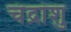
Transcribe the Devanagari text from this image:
चंद्रांशु